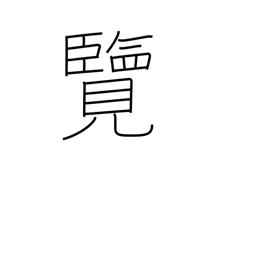
Meaning: inspect